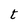
Character: t